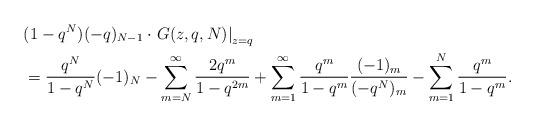
LaTeX: \begin{align*}&(1-q^{N})(-q)_{N-1}\cdot\left.G(z, q, N)\right|_{z=q}\\&= \frac{q^N}{1-q^N}(-1)_N - \sum_{m=N}^{\infty}\frac{2q^m}{1-q^{2m}} + \sum_{m=1}^{\infty}\frac{q^{m}}{1-q^{m}}\frac{(-1)_m}{(-q^N)_m}-\sum_{m=1}^{N}\frac{q^m}{1-q^m}.\end{align*}